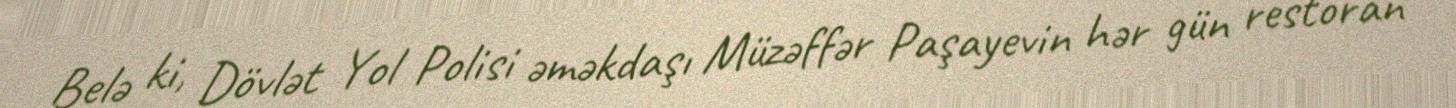
Belə ki, Dövlət Yol Polisi əməkdaşı Müzəffər Paşayevin hər gün restoran